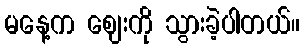
မနေ့က ဈေးကို သွားခဲ့ပါတယ်။